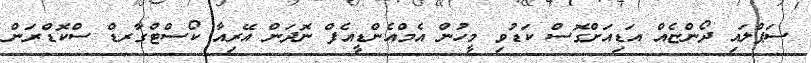
ސަޕްލައި ދޯންޏެއް އަޑިއަށްގޮސް ކަޑުވި މީހުން އެމްއެންޑީއެފް ނޮދަން އޭރިއާ ކޯސްޓްގާރޑް ސްކޮޑްރަން